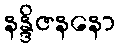
နန္ဒိဇနနော